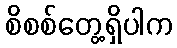
စိစစ်တွေ့ရှိပါက